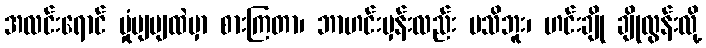
အလင်းရောင် မှုံပျပျထဲမှာ စားကြတာ၊ ဘာဟင်းမှန်းလည်း မသိဘူး၊ ဟင်းချို ချိုလွန်းလို့